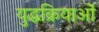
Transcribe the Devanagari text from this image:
युद्धक्रियाओं